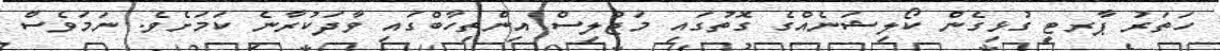
ހަތަރު ޕާރޓީ ގުޅިގެން ކޯލިޝަނެއްގެ ގޮތުގައި މަޖުލިސް އިންތިހާބްގައި ވާދަކުރާނެ ކަމަށެވެ. ނަމަވެސް